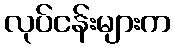
လုပ်ငန်းများက